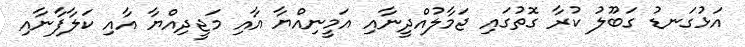
އަޅުގަނޑު ގަބޫލު ކުރާ ގޮތުގައި ޖަމާލުއްދީނާއި އަމީނިއްޔާ އާއި މަޖީދިއްޔާ އާއި ކަލާފާނާއި